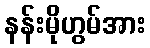
နန်းမိုဟွမ်အား